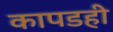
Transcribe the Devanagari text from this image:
कापडही